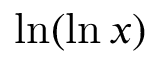
\ln ( \ln x )